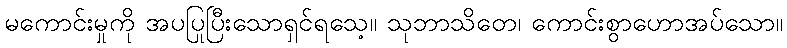
မကောင်းမှုကို အပပြုပြီးသောရှင်ရသေ့။ သုဘာသိတေ၊ ကောင်းစွာဟောအပ်သော။